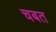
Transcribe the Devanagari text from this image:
चबत